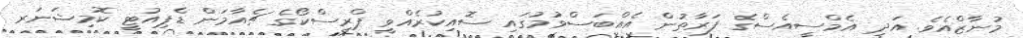
މުނާޒްއެވެ. އަދި އެމްސީއެސްގެ ފަރާތުން އެއްބަސްވުމުގައި ސޮއިކުރެއްވީ ޕްރިސްކޯގެ ޗެއާމަން ޑެޕިއުޓީ ކޮމިޝަނަރ